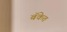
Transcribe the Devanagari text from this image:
बॅकेत